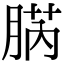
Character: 𦜬